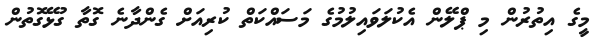
މީގެ އިތުރުން މި ޕްލޭން އެކުލަވައިލުމުގެ މަސައްކަތް ކުރިއަށް ގެންދާނެ ގޮތާ ގުޅޭގޮތުން